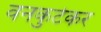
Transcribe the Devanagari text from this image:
वनकुटेकर